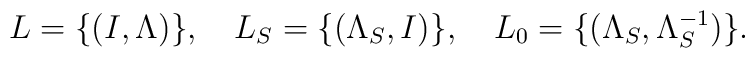
L=\{(I,\Lambda)\},\quad L_S=\{(\Lambda_S,I)\},\quad L_0=\{(\Lambda_{S},\Lambda^{-1}_{S})\}.